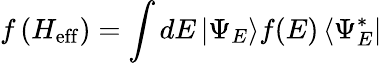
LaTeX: f\left(H_{\mathrm{eff}}\right)=\int dE\left|\Psi_{E}\right\rangle f(E)\left\langle\Psi_{E}^{*}\right|